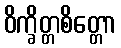
ဝိက္ခိတ္တစိတ္တော